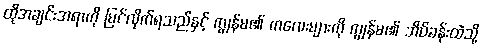
ထိုအချင်းအရာကို မြင်လိုက်ရသည်နှင့် ကျွန်မ၏ ကလေးများကို ကျွန်မ၏ အိပ်ခန်းထဲသို့